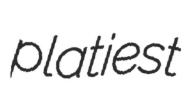
platiest